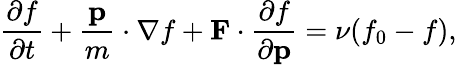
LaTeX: {\frac{\partial f}{\partial t}}+{\frac{\mathbf{p}}{m}}\cdot\nabla f+\mathbf{F}\cdot{\frac{\partial f}{\partial\mathbf{p}}}=\nu(f_{0}-f),